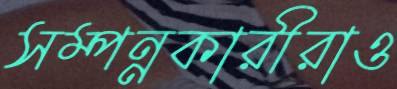
সম্পন্নকারীরাও